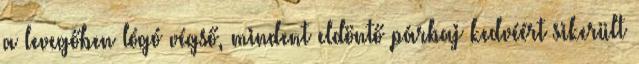
a levegőben lógó végső, mindent eldöntő párbaj kedvéért sikerült